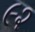
૯૨